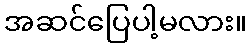
အဆင်ပြေပါ့မလား။